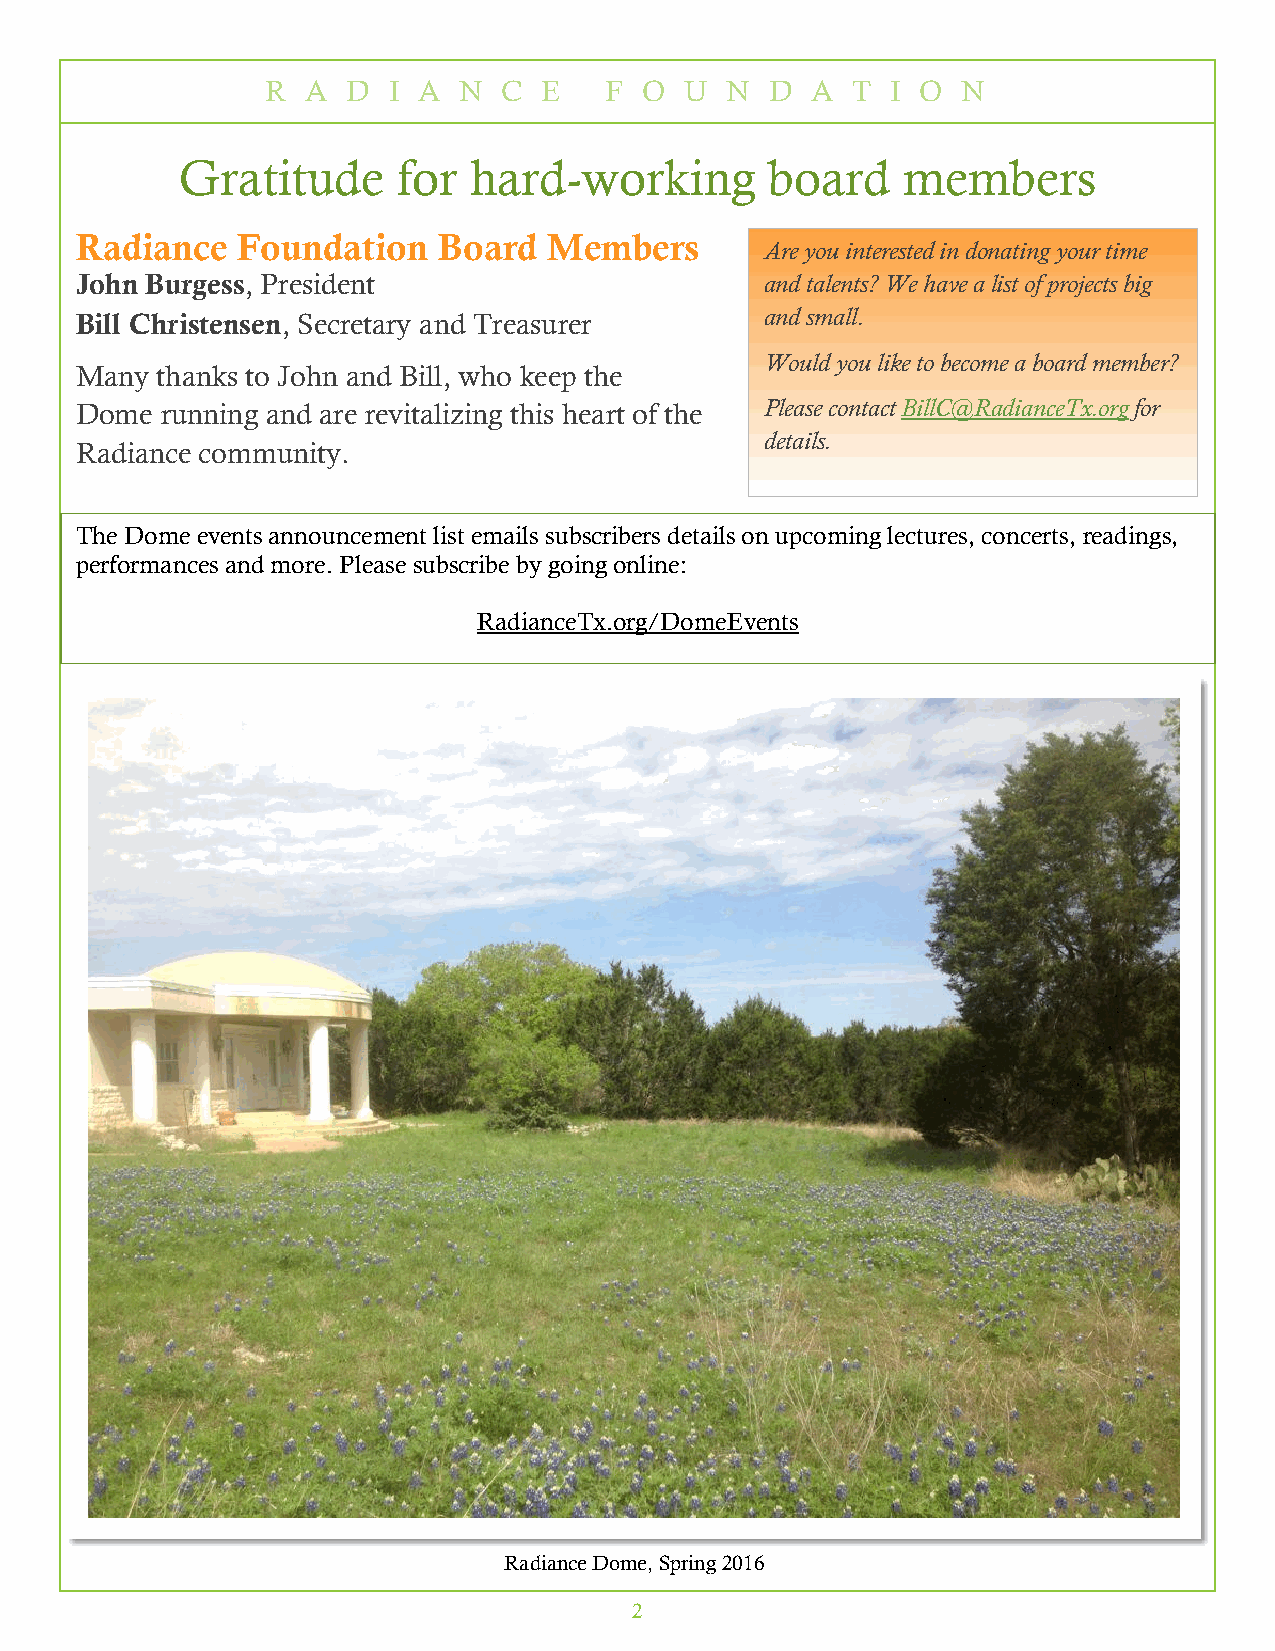
R A  D  I A N  C  E   F  O U  N  D  A T  I O  N
 Gratitude     for  hard-working        board    members
 Radiance   Foundation   Board  Members
 Are you interested in donating your time
 John Burgess, President                       and talents? We have a list of projects big
 Bill Christensen, Secretary and Treasurer     and small.
 Would you like to become a board member?
 Many thanks to John and Bill, who keep the
 Dome  running and are revitalizing this heart of the Please contact BillC@RadianceTx.org for
 details.
 Radiance community.
 The Dome events announcement list emails subscribers details on upcoming lectures, concerts, readings,
 performances and more. Please subscribe by going online:
 RadianceTx.org/DomeEvents
 Radiance Dome, Spring 2016
 2